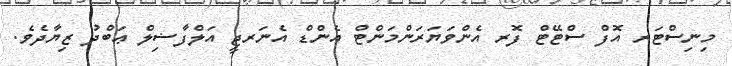
މިނިސްޓަރ އޮފް ސްޓޭޓް ފޮރ އެންވަޔަރަންމަންޓް އެންޑް އެނަރޖީ އަލްފާޟިލް ޢަބްދު ޒިޔާދެވެ.